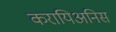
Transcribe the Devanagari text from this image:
करायिअनिस